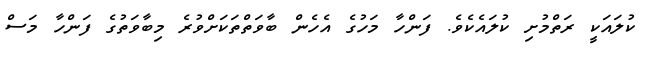
ކުލައަކީ ރަތްމުށި ކުލައެކެވެ. ފަންހާ މަހުގެ އެހެން ބާވަތްތަކަށްވުރެ މިބާވަތުގެ ފަންހާ މަސް